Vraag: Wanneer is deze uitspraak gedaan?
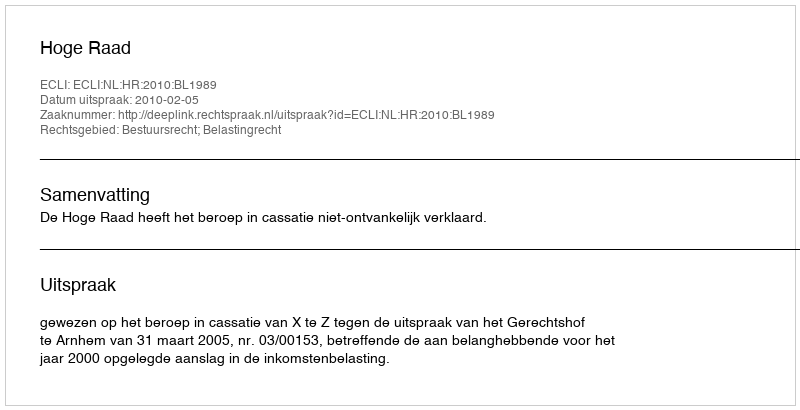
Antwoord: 2010-02-05